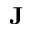
\mathbf { J }